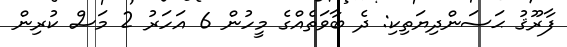
ފާރޫޤު ޙަސަންދިޔަތިކި: ދެ ބާވަތެއްގެ މީހުން 6 އަހަރު 2 މަސް ކުރިން